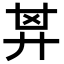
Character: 𢍌